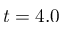
t = 4 . 0